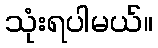
သုံးရပါမယ်။